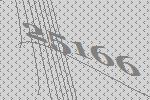
25166